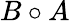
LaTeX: B\circ A